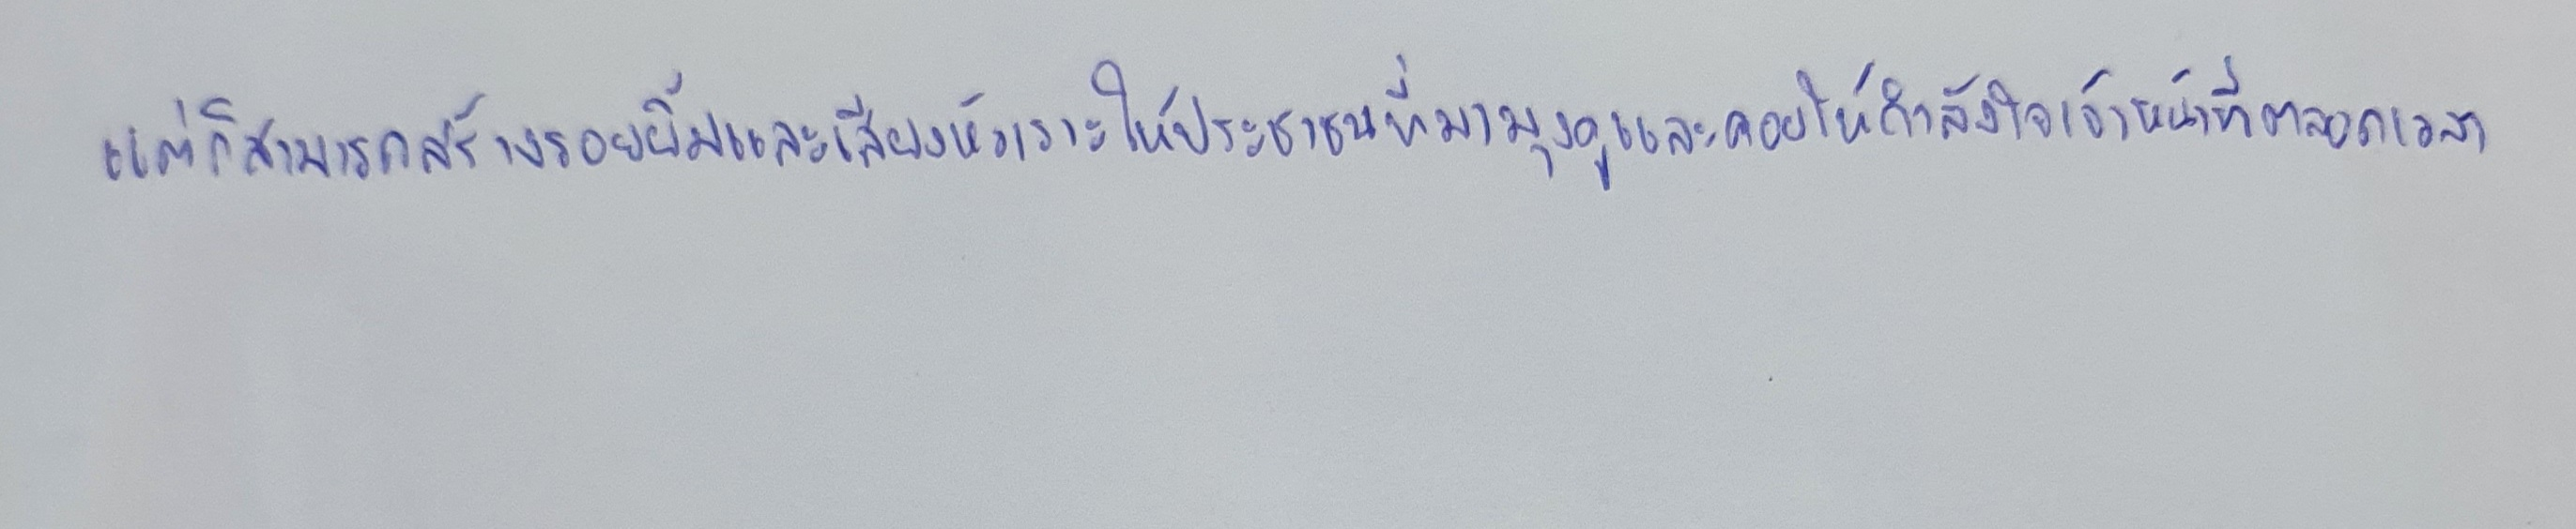
แต่ก็สามารถสร้างรอยยิ้มและเสียงหัวเราะให้ประชาชนที่มามุงดูและคอยให้กำลังใจเจ้าหน้าที่ตลอดเวลา